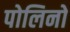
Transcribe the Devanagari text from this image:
पोलिनो